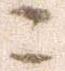
ニ